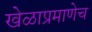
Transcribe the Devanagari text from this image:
खेळाप्रमाणेच